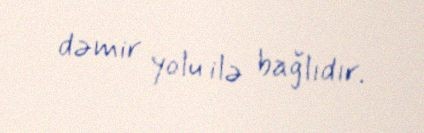
dəmir yolu ilə bağlıdır.